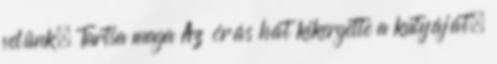
velünk. Tartsa maga Az órás hát kikergette a kutyáját.